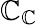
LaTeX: \mathbb{C}_{\mathbb{C}}